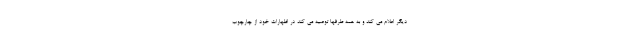
دیگر اعلام می کند و به همه طرفها توصیه می کند در اظهارات خود از چارچوب